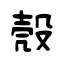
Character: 殼